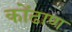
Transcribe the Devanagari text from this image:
कोंढाण